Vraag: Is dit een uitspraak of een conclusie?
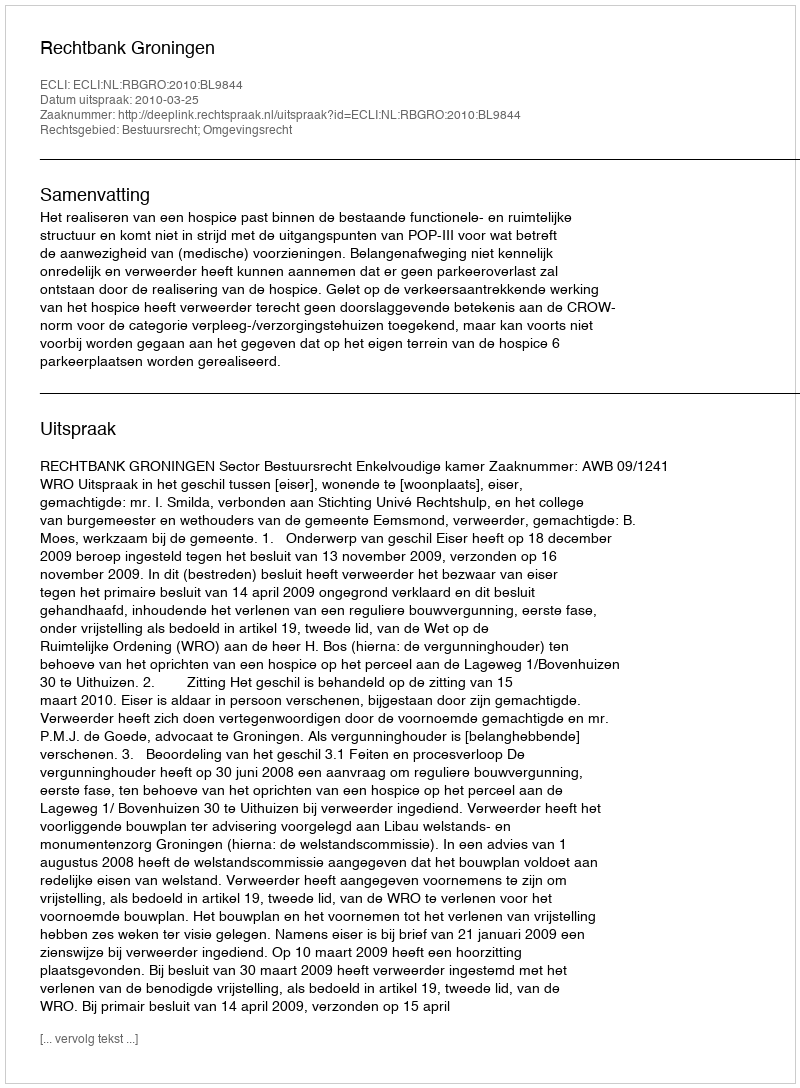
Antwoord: Uitspraak